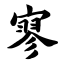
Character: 寥